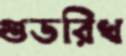
গুডরিখ